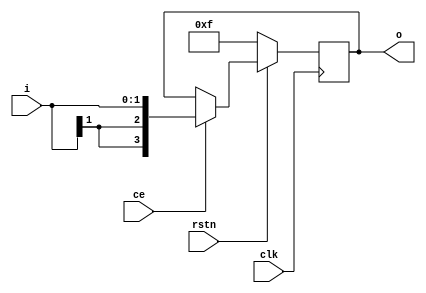
module opt_dffmuxext_signed_rst(input clk, ce, rstn, input signed [1:0] i, output reg signed [3:0] o);
    always @(posedge clk) begin
        if (ce) o <= i;
        if (!rstn) o <= 4'b1111;
    end
endmodule